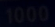
1000